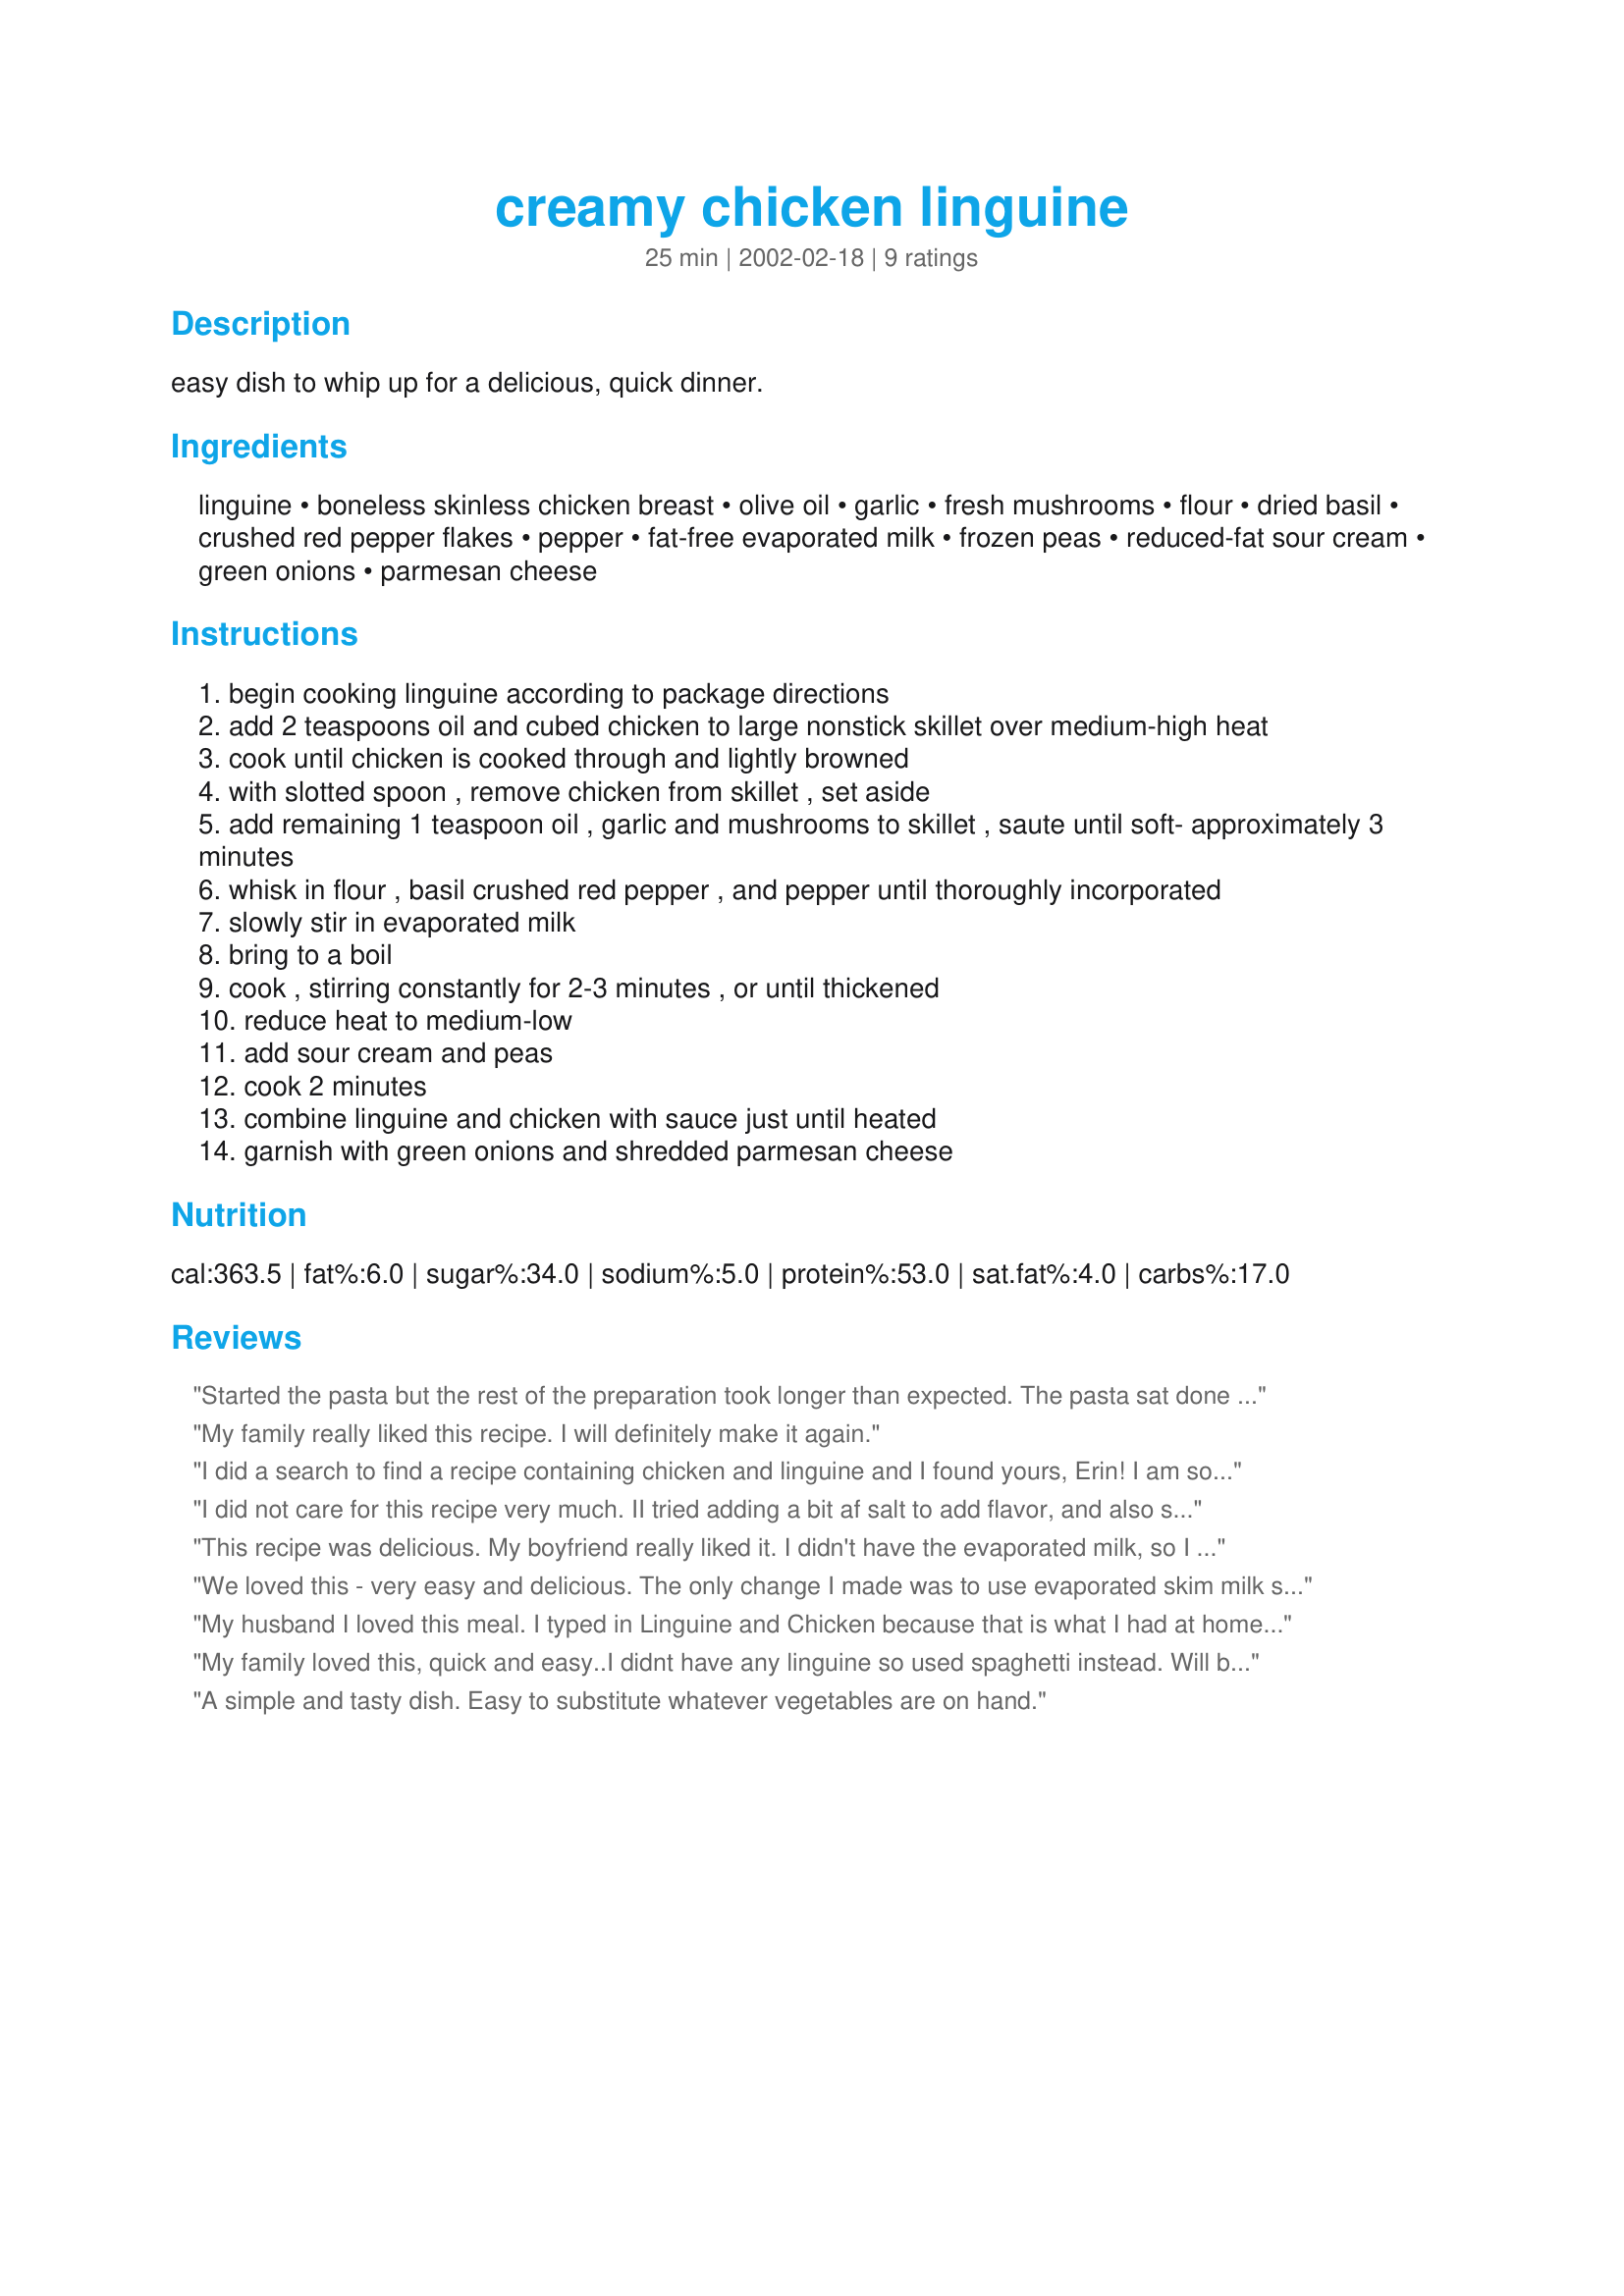
creamy chicken linguine
Preparation time: 25 minutes

easy dish to whip up for a delicious, quick dinner.

Ingredients:
linguine, boneless skinless chicken breast, olive oil, garlic, fresh mushrooms, flour, dried basil, crushed red pepper flakes, pepper, fat-free evaporated milk, frozen peas, reduced-fat sour cream, green onions, parmesan cheese

Steps:
begin cooking linguine according to package directions
add 2 teaspoons oil and cubed chicken to large nonstick skillet over medium-high heat
cook until chicken is cooked through and lightly browned
with slotted spoon , remove chicken from skillet , set aside
add remaining 1 teaspoon oil , garlic and mushrooms to skillet , saute until soft- approximately 3 minutes
whisk in flour , basil crushed red pepper , and pepper until thoroughly incorporated
slowly stir in evaporated milk
bring to a boil
cook , stirring constantly for 2-3 minutes , or until thickened
reduce heat to medium-low
add sour cream and peas
cook 2 minutes
combine linguine and chicken with sauce just until heated
garnish with green onions and shredded parmesan cheese

Reviews:
Started the pasta but the rest of the preparation took longer than expected. The pasta sat done for about 15 minutes before the rest of the sauce was done. The consistency was thicker than expected. It looked like it was going to be soupy but when the parmesan cheese was added it thickened up more than expected. The flavor was OK. We would change this a lot if we made it again.
My family really liked this recipe. I will definitely make it again.
I did a search to find a recipe containing chicken and linguine and I found yours, Erin! I am so glad I did, too, because this is just wonderful! I cubed the chicken and used a regular skillet because I did not have a nonstick. The only other changes I made were to use regular evaporated milk and regular sour cream, which I already had on hand. I will definitely make this one again, without a doubt! Serve with a tossed salad and some crusty rolls and you are all set! Thanks for sharing this with us, Erin!
I did not care for this recipe very much. II tried adding a bit af salt to add flavor, and also some additional flour as otherwise it was very watery with only 1 tsp of flour. I wonder if it should be 1 Tablespoon? Anyway, I would not make it again.
This recipe was delicious. My boyfriend really liked it. I didn't have the evaporated milk, so I cooked low-fat milk in a saucepan for about 5 minutes to cook the water out and make it thick. We didn't want to use the peas, so we left them out. The only things that were missing was this recipe could've called for some salt. I found myself having to put a lot of salt in afterward. I would recommend for the eatee's (hehe) to cook the meat with salt and pepper. I also used garlic salt and italian seasoning to garnish and it was so good. I will definitely try this again.
We loved this - very easy and delicious. The only change I made was to use evaporated skim milk since I had that on hand. Yummy. Can't wait to eat the leftovers today!
My husband I loved this meal. I typed in Linguine and Chicken because that is what I had at home and found this recipe. My husband must have said it was so good about 10 times. I will keep this recipe to use again in the future.
My family loved this, quick and easy..I didnt have any linguine so used spaghetti instead.
Will be a regular for us, thanks for posting =)
A simple and tasty dish. Easy to substitute whatever vegetables are on hand.
